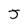
Character: J